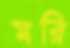
মরি